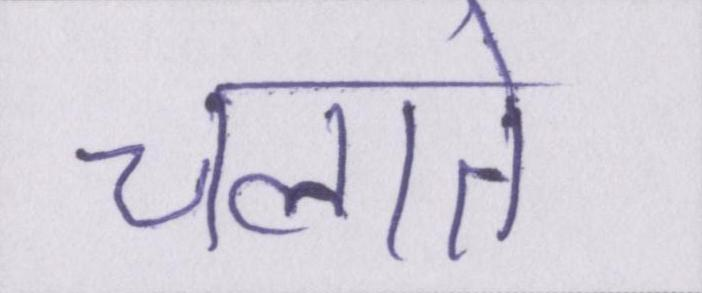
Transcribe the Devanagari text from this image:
चलाते